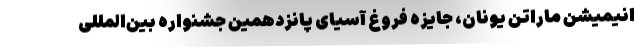
انیمیشن ماراتن یونان، جایزه فروغ آسیای پانزدهمین جشنواره بین‌المللی